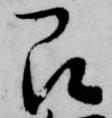
即